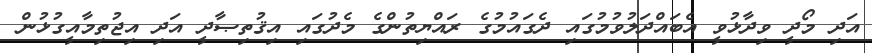
އަދި މޯދީ ވިދާޅުވީ އެބައްދަލުވުމުގައި ދެގައުމުގެ ރައްޔިތުންގެ މެދުގައި އިޤުތިޞާދީ އަދި އިޖުތިމާއީގުޅުން